Report on horse surra - Volume II, Part I
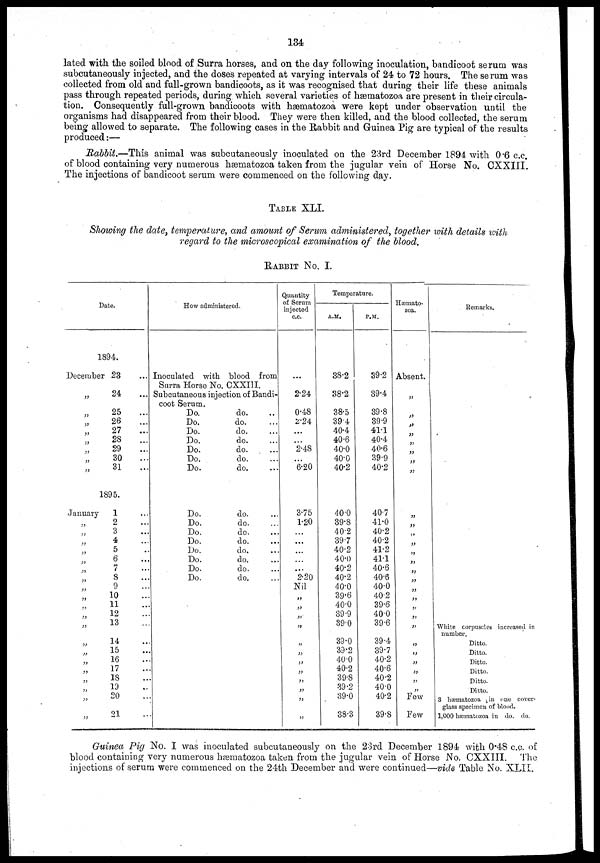
134
lated with the soiled blood of Surra horses, and on the day following inoculation, bandicoot serum was
subcutaneously injected, and the doses repeated at varying intervals of 24 to 72 hours. The serum was
collected from old and full-grown bandicoots, as it was recognised that during their life these animals
pass through repeated periods, during which several varieties of hæmatozoa are present in their circula-
tion. Consequently full-grown bandicoots with hæmatozoa were kept under observation until the
organisms had disappeared from their blood. They were then killed, and the blood collected, the serum
being allowed to separate. The following cases in the Rabbit and Guinea Pig are typical of the results
produced :—
Rabbit.—This animal was subcutaneously inoculated on the 23rd December 1894 with 0.6 c.c.
of blood containing very numerous hæmatozoa taken from the jugular vein of Horse No. CXXIII
The injections of bandicoot serum were commenced on the following day.
TABLE XLI.
Showing the date, temperature, and amount of Serum administered, together with details with
regard to the microscopical examination of the blood.
RABBIT No. I.
Date.
1894.
December 23
„ 24
...
„ 25
...
„ 26
...
„ 27
...
„ 28
...
„ 29
„ 30
...
„ 31
...
1895.
January
1
„ 2
„ 3
„ 4
„ 5
„ 6
„ 7
„ 8
„ 9
„ 10
„ 11
„
12
„ 13
„ 14
„ 15
„ 16
„ 17
„ 18
„ 19
„ 20
„ 21
How administered.
Inoculated with blood from
Surra Horse No. CXXIII.
Subcutaneous injection of Bandi-
coot Serum.
Do.
do.
Do.
do.
Do.
do.
Do.
do.
Do.
do.
Do.
do.
Do.
do.
Do.
do.
Do.
do.
Do.
do.
Do.
do.
Do.
do.
Do.
do.
Do.
do.
Do.
do.
Quantity
of Serum
injected
c.c.
...
2.24
0.48
2.24
...
...
2.48
...
6.20
3.75
1.20
...
...
...
...
...
2.20
Nil
„
,„
„
„
„
„
„
„
„
„
„
„
Temperature.
A.M.
38.2
38.2
38.5
39.4
40.4
40.6
40.0
40.0
40.2
40.0
39.8
40.2
39.7
40.2
40.0
40.2
40.2
40.0
39.6
40.0
39.9
39.0
39.0
39.2
40.0
40.2
39.8
39.2
39.0
38.3
P.M.
39.2
39.4
39.8
39.9
41.1
40.4
40.6
39.9
40.2
40.7
41.0
40.2
40.2
41.2
41.1
40.6
40.6
40.0
40.2
39.6
40 0
39.6
39.4
39.7
40.2
40.6
40.2
40.0
40.2
39.8
Hæmato-
zoa.
Absent.
„
„
„
„
„
„
„
„
„
„
„
„
„
„
„
„
„
„
„
„
„
„
„
„
„
„
„
„
Few
Few
Remarks.
White corpuscles increased in
number.
Ditto.
Ditto.
Ditto.
Ditto.
Ditto.
Ditto.
3 hæmatozoa in one cover-
glass specimen of blood.
1,000 hæmatozoa in do. do.
Guinea Pig No. I was inoculated subcutaneously on the 23rd December 1894 with 0.48 c.c. of
blood containing very numerous hæmatozoa taken from the jugular vein of Horse No. CXXIII. The
injections of serum were commenced on the 24th December and were continued—vide Table No. XLII.